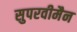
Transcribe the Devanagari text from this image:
सुपरवीमैन